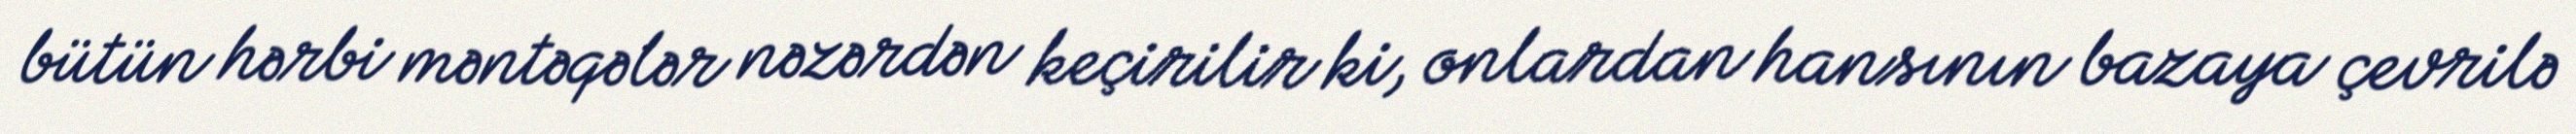
bütün hərbi məntəqələr nəzərdən keçirilir ki, onlardan hansının bazaya çevrilə